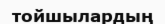
тойшылардың